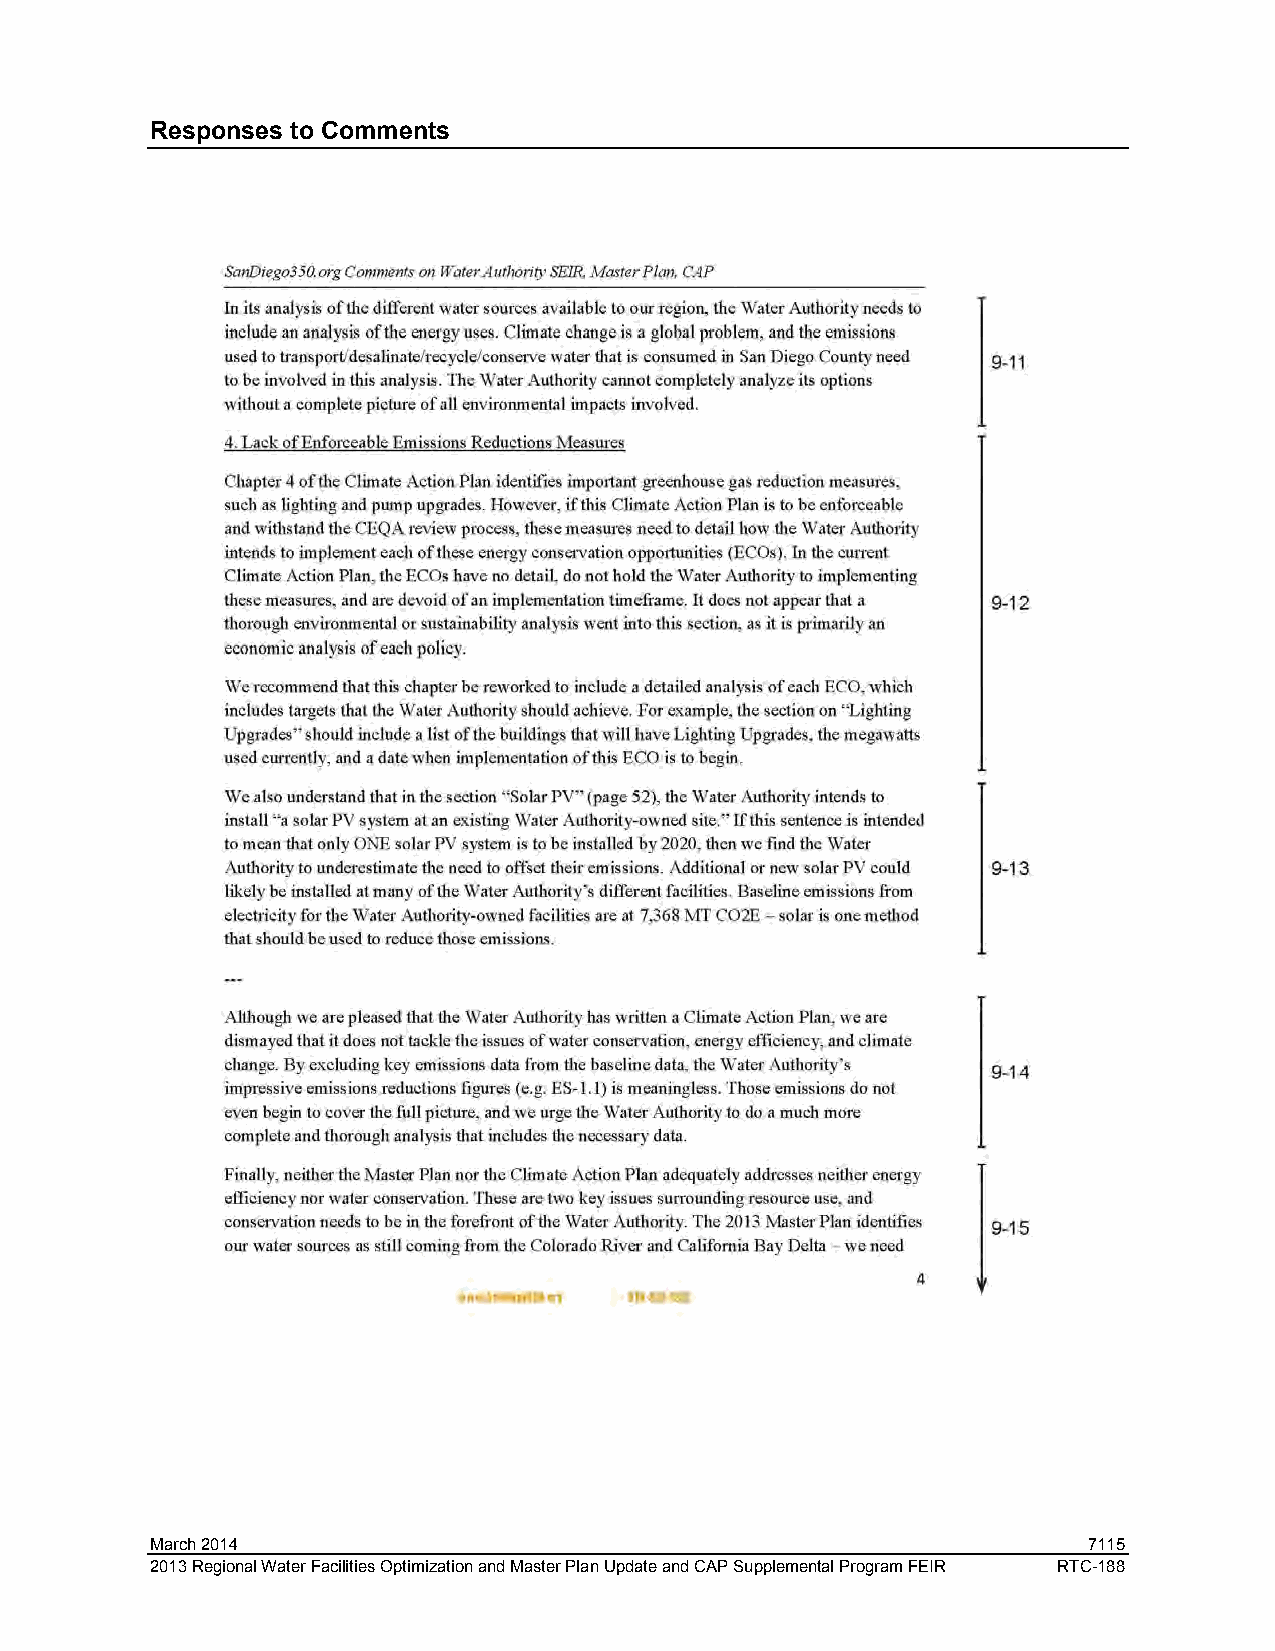
Responses to Comments
 March 2014                                                    7115
 2013 Regional Water Facilities Optimization and Master Plan Update and CAP Supplemental Program FEIR RTC-188